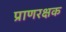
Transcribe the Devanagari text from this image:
प्राणरक्षक